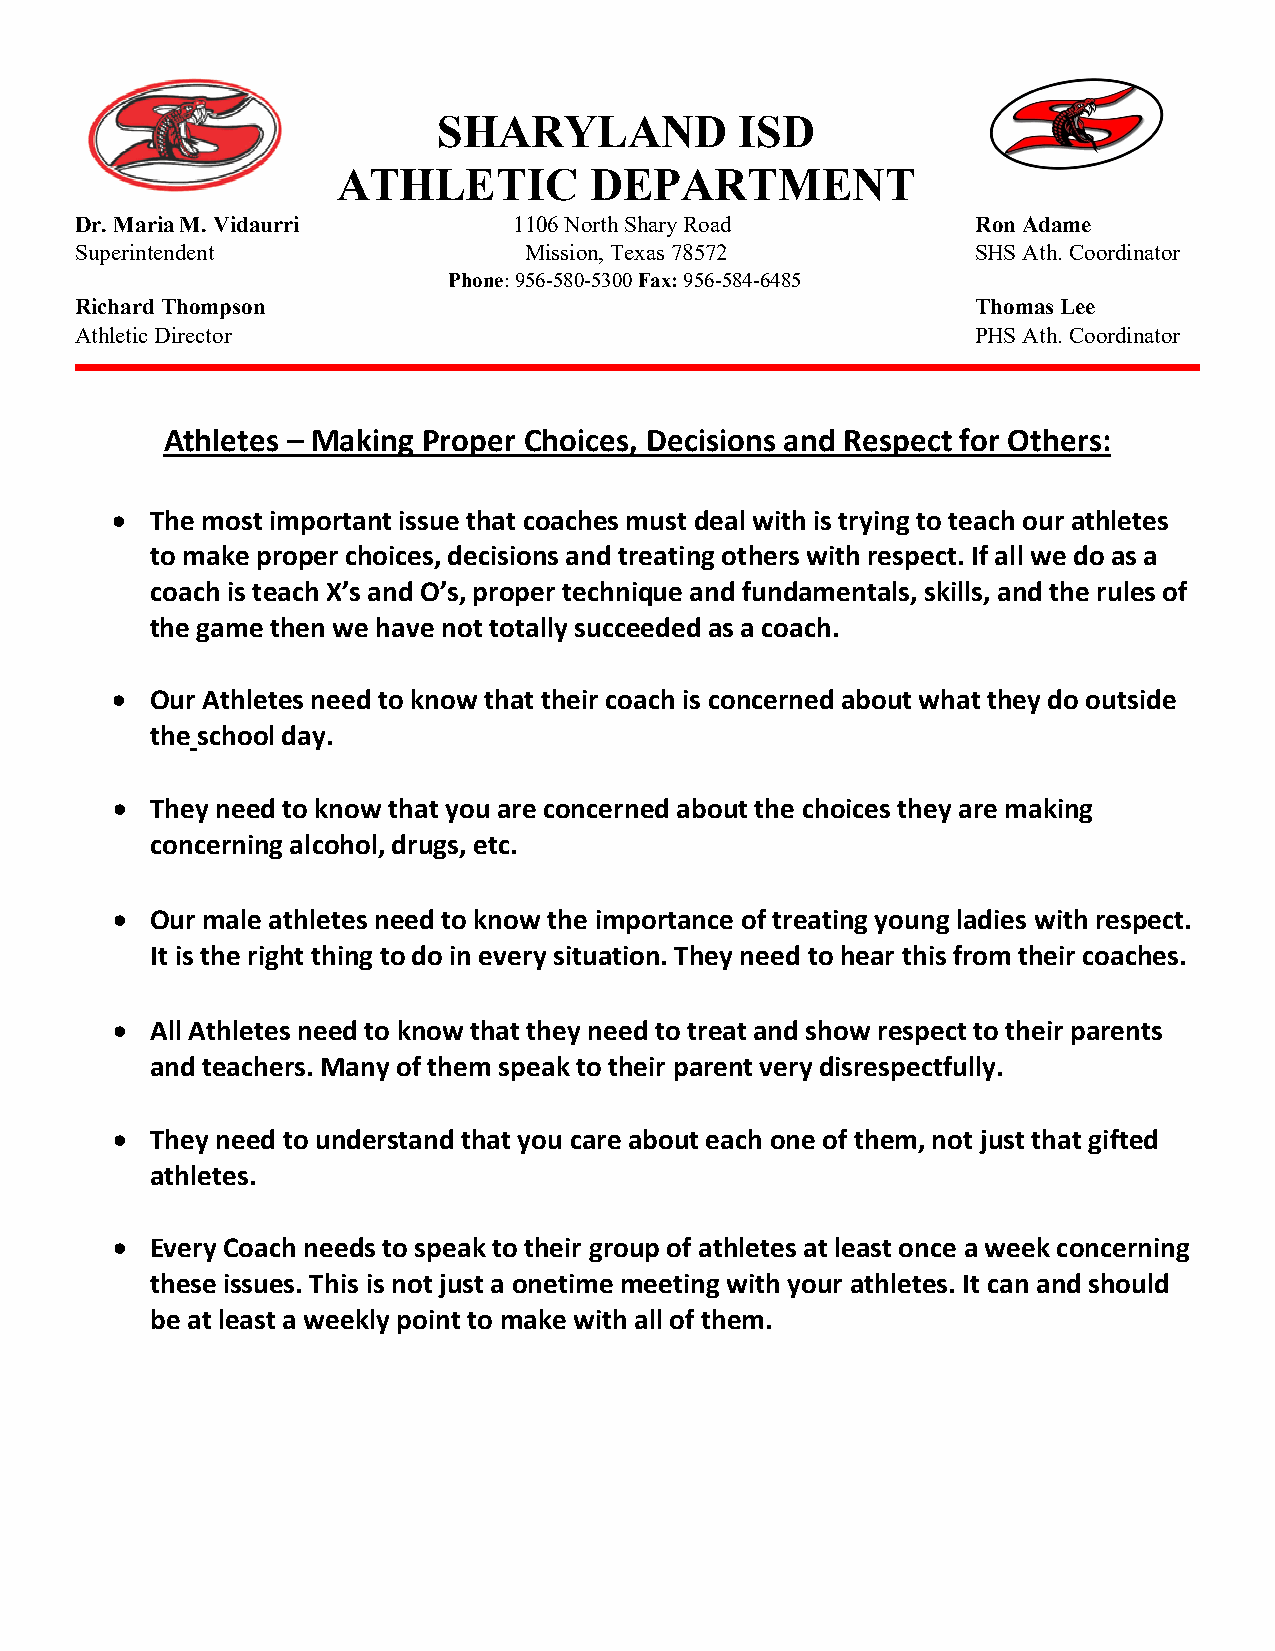
SHARYLAND           ISD
 ATHLETIC         DEPARTMENT
 Dr. Maria M. Vidaurri        1106 North Shary Road          Ron Adame
 Superintendent                Mission, Texas 78572          SHS Ath. Coordinator
 Phone: 956-580-5300 Fax: 956-584-6485
 Richard Thompson                                            Thomas Lee
 Athletic Director                                           PHS Ath. Coordinator
 Athletes – Making Proper Choices, Decisions and Respect for Others:
 •  The most important issue that coaches must deal with is trying to teach our athletes
 to make proper choices, decisions and treating others with respect. If all we do as a
 coach is teach X’s and O’s, proper technique and fundamentals, skills, and the rules of
 the game then we have not totally succeeded as a coach.
 •  Our Athletes need to know that their coach is concerned about what they do outside
 the school day.
 •  They need to know that you are concerned about the choices they are making
 concerning alcohol, drugs, etc.
 •  Our male athletes need to know the importance of treating young ladies with respect.
 It is the right thing to do in every situation. They need to hear this from their coaches.
 •  All Athletes need to know that they need to treat and show respect to their parents
 and teachers. Many of them speak to their parent very disrespectfully.
 •  They need to understand that you care about each one of them, not just that gifted
 athletes.
 •  Every Coach needs to speak to their group of athletes at least once a week concerning
 these issues. This is not just a onetime meeting with your athletes. It can and should
 be at least a weekly point to make with all of them.